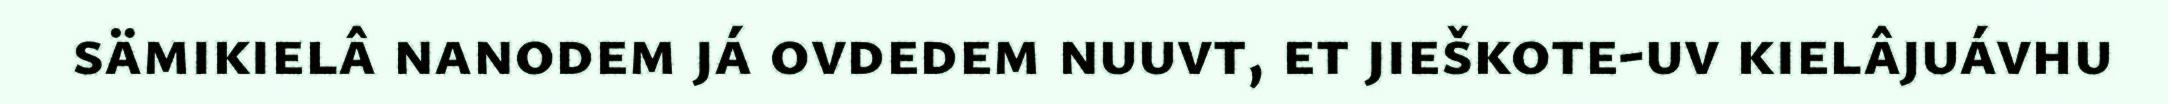
sämikielâ nanodem já ovdedem nuuvt, et jieškote-uv kielâjuávhu